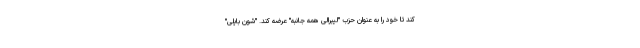
کند تا خود را به عنوان حزب "لیبرالی همه جانبه" عرضه کند. "شون بایلی"